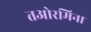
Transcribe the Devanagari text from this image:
तओरमिना